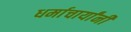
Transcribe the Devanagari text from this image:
धर्माचार्यांनी